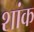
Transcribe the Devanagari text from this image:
शांक